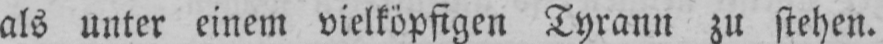
als unter einem vielköpfigen Tyrann zu stehen.